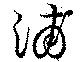
浦